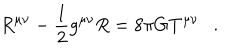
R ^ { \mu \nu } - \frac 1 2 g ^ { \mu \nu } R = 8 \pi G T ^ { \mu \nu } .